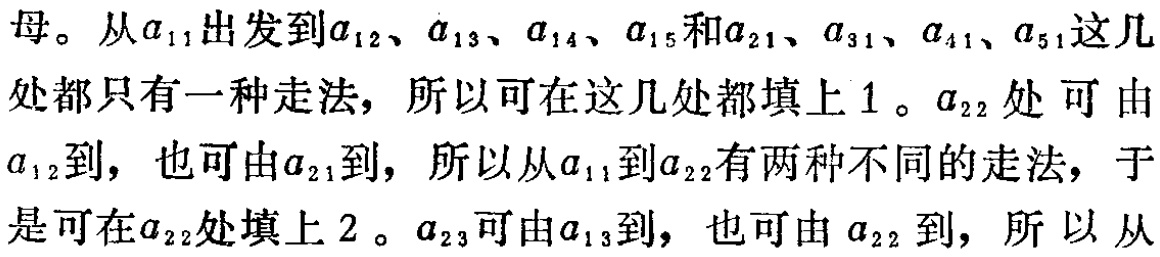
母。从\(a_{11}\)出发到\(a_{12}\)、\(a_{13}\)、\(a_{14}\)、\(a_{15}\)和\(a_{21}\)、\(a_{31}\)、\(a_{41}\)、\(a_{51}\)这几处都只有一种走法，所以可在这几处都填上\(1\)。\(a_{22}\)处可由\(a_{12}\)到，也可由\(a_{21}\)到，所以从\(a_{11}\)到\(a_{22}\)有两种不同的走法，于是可在\(a_{22}\)处填上\(2\)。\(a_{23}\)可由\(a_{13}\)到，也可由\(a_{22}\)到，所以从